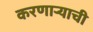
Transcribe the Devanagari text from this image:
करणाऱ्याची